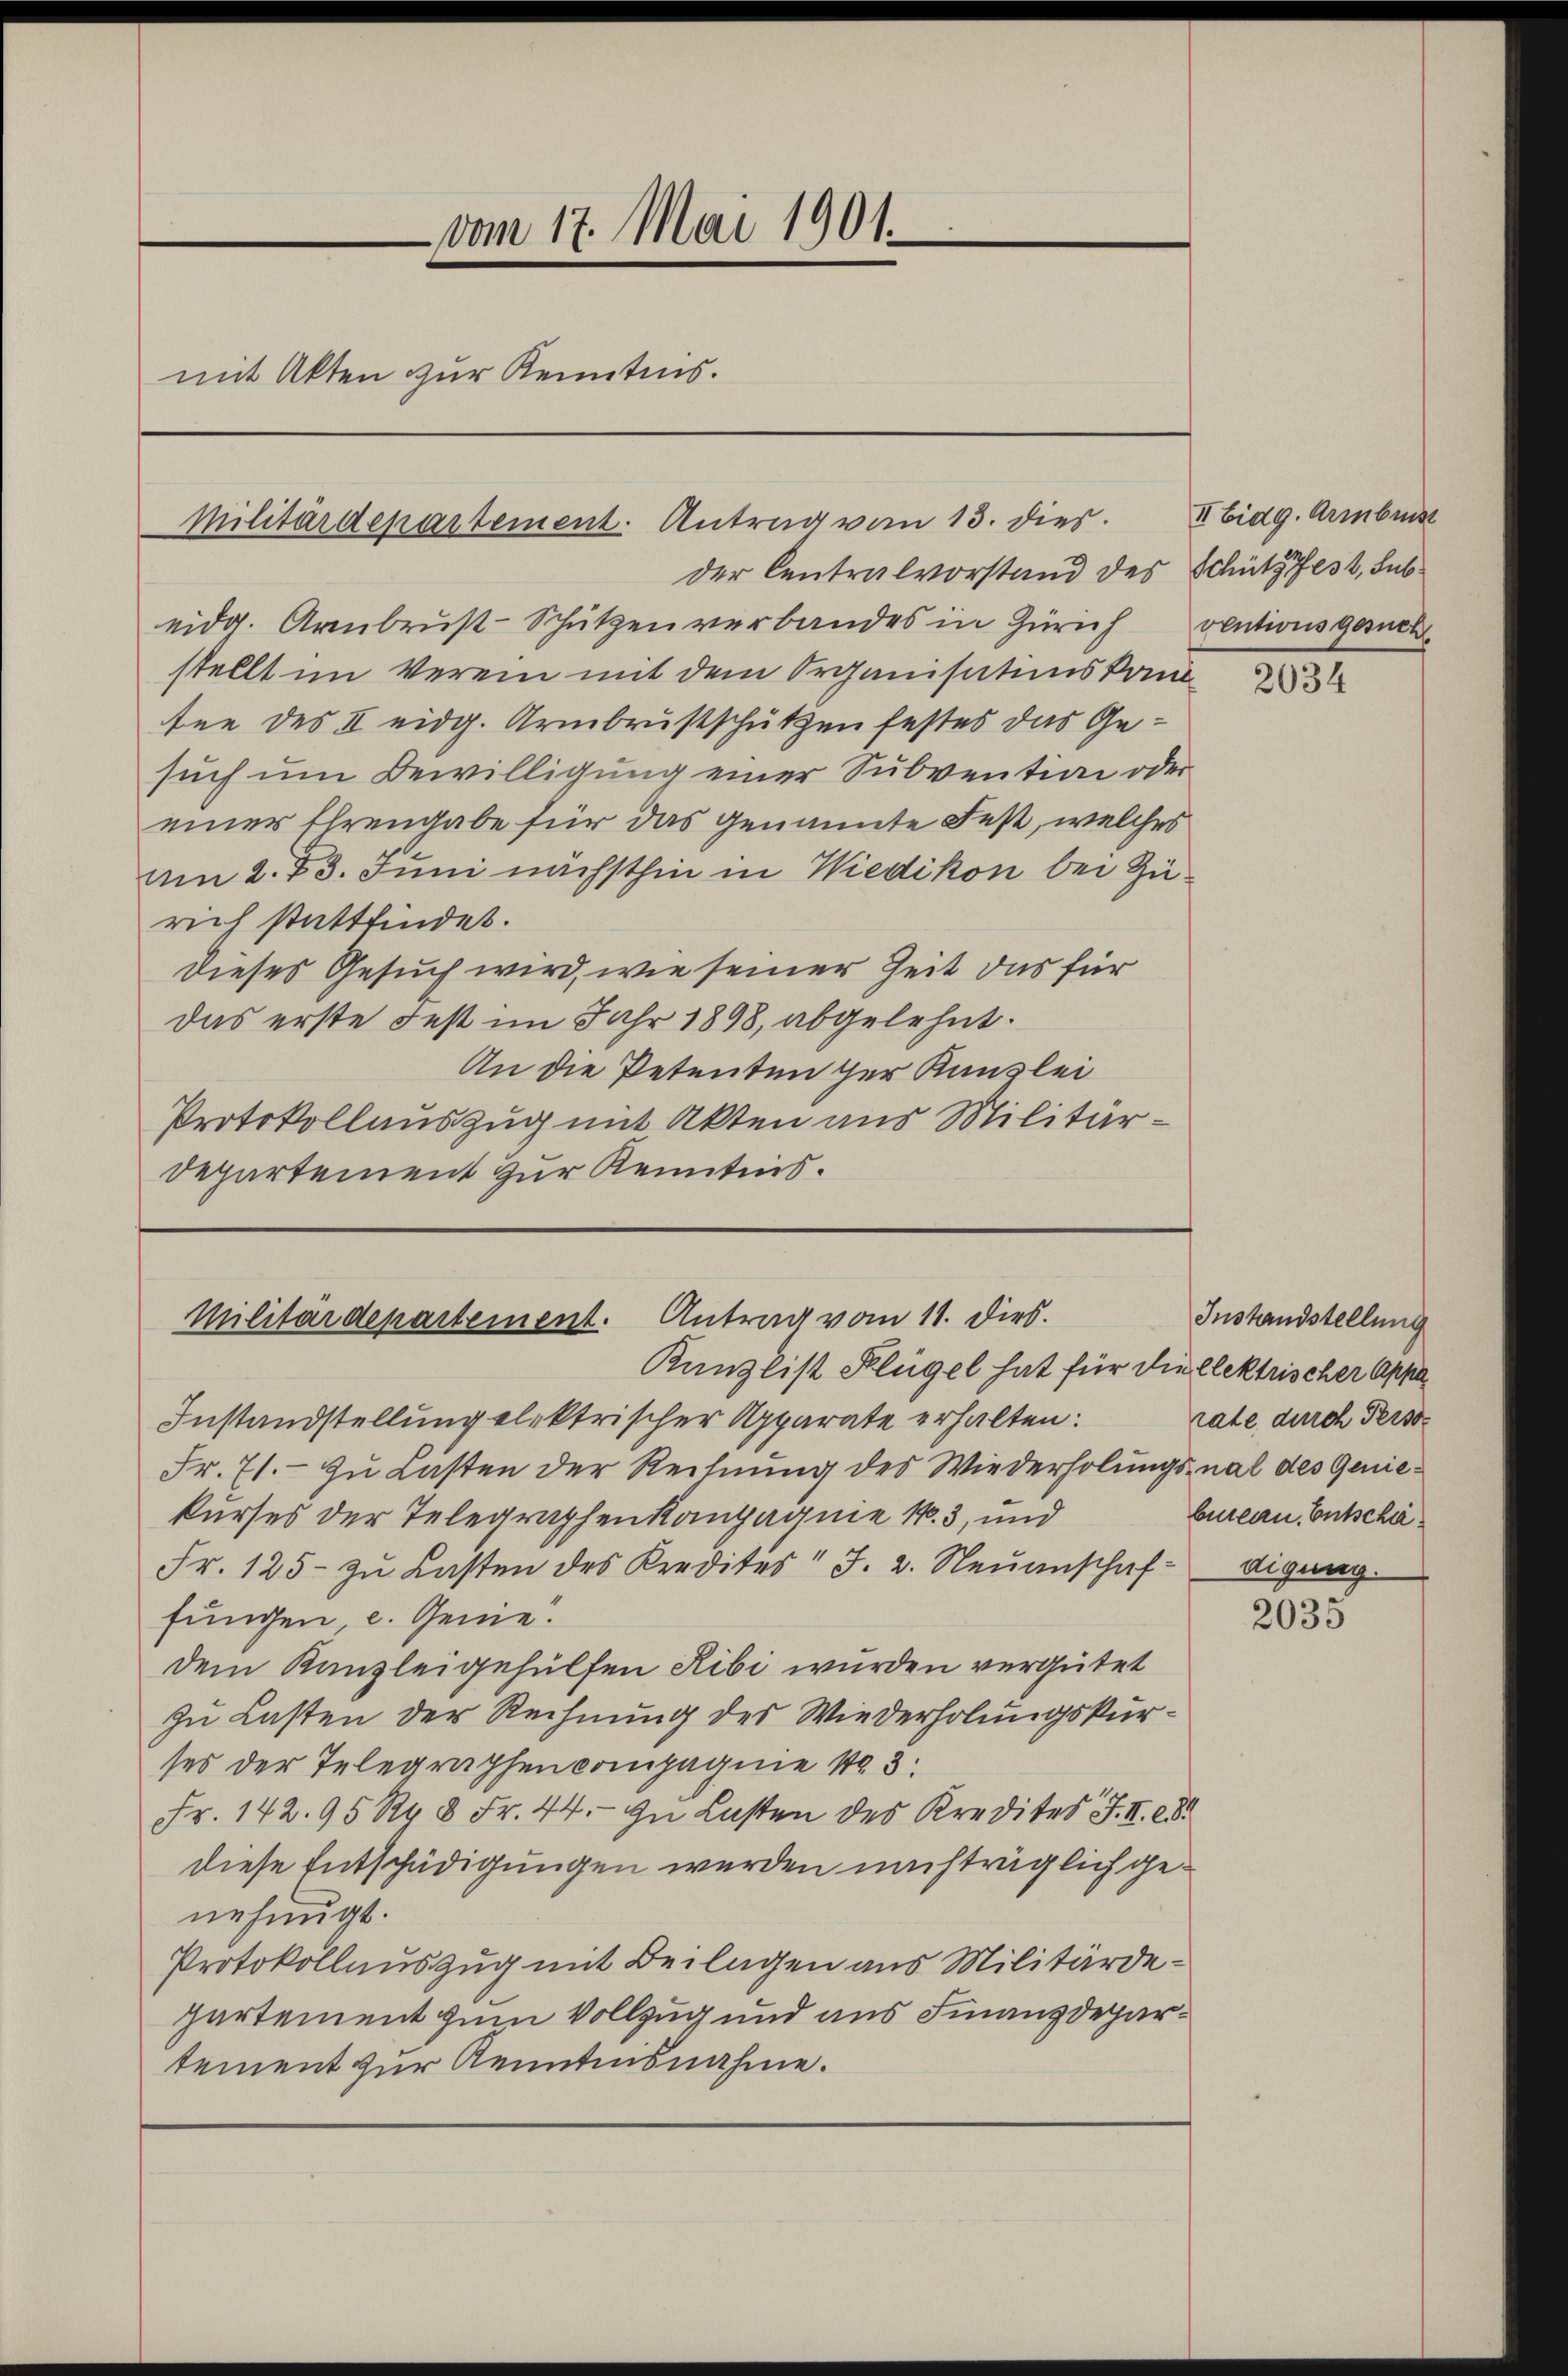
vom 17. Mai 1901.
mit Akten zur Kenntnis.

der Centralvorstand des Schützfest, Subeidg. Armbrust-Schützen verbandes in Zürich ventionsgesuch
stellt im Verein mit dem Organisationskamtee des II eidg. Armbrustschützen festes das Gesuch um Bewilligung einer Subvention oder
einer Ehrengabe für das genannte Fest, welches
am 2. 23. Juni nächsthin in Wiedikon bei Zürich stattfindet.
dieses Gesuch wird, wie seiner Zeit das für
das erste Fest im Jahr 1898, abgelehnt.
An die Petenten der Kanzlei
Protokollauszug mit Akten aus Militär¬
Departement zur Kenntnis.

Militärdepartement. Antrag vom 13. dies. Eidg. Armbrust

Militärdepartement. Antrag vom 11. dies.
Kanzlist Klügel hat für die llektrischer Appa

Instandstellung elektrischer Apparate erhalten:
Fr. 71. - zu Lasten der Rechnung des Wiederholungsnal des Geniekurses der Telegraphen kanzagnie 13, und
Fr. 125- zŭ Lasten des Kredites" J. 2. Neuanschaf - digung.
fungen, c. Genie.
dem Kanzleigehülfen Ribi wurden vergütet
zu Lasten der Rechnung des Wiederholungskurses der Telegraphen compagnie No 3:
Fr. 142. 95 Rp. 8 Fr. 44. Zu Lasten des Kredites J. II. l. 8
diese Entschädigungen werden nachträglich genehmigt.
Protokollauszug mit Beilagen aus Militärdepartement zum Vollzug und aus Finanzdepartement zur Kenntnisnahme.

2034

Instandstellung
rate durch Perso
bureau. Entschä¬

2035